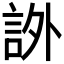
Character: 𧦨